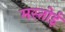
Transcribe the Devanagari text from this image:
मस्तोई